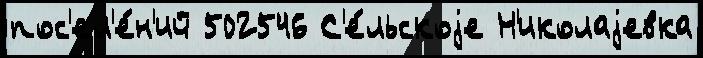
пос'ел'е́н'ий 502546 С'е́льскоjе Н'иколаjевка